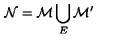
{ \cal N } = { \cal M } \bigcup _ { E } { \cal M } ^ { \prime }